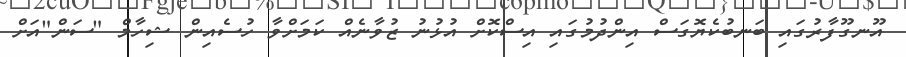
އޫނގޫފާރުގައި ބަނބުކެޔޮގަސް އިންދުމުގައި އިސްކޮށް އުޅުނު ޒުވާނެއް ކަމަށްވާ ހުސެއިން ޝިހާމް "ސަން"އަށް